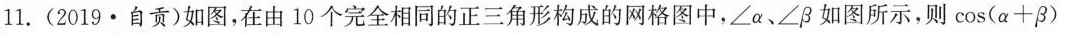
11.(2019·自贡)如图，在由10个完全相同的正三角形构成的网格图中，∠α、∠β如图所示，则$$\cos ( α + β )$$